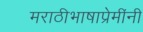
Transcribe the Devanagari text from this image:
मराठीभाषाप्रेमींनी